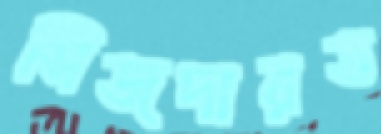
সিজদারত